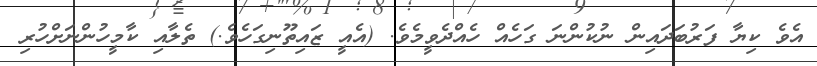
އެވެ ކިޔާ ފަރުބަދައިން ނުކުންނަ ގަހެއް ހެއްދެވީމެވެ. (އެއީ ޒައިތޫނިގަހެވެ.) ތެލާއި ކާމީހުންނަށްހުރި